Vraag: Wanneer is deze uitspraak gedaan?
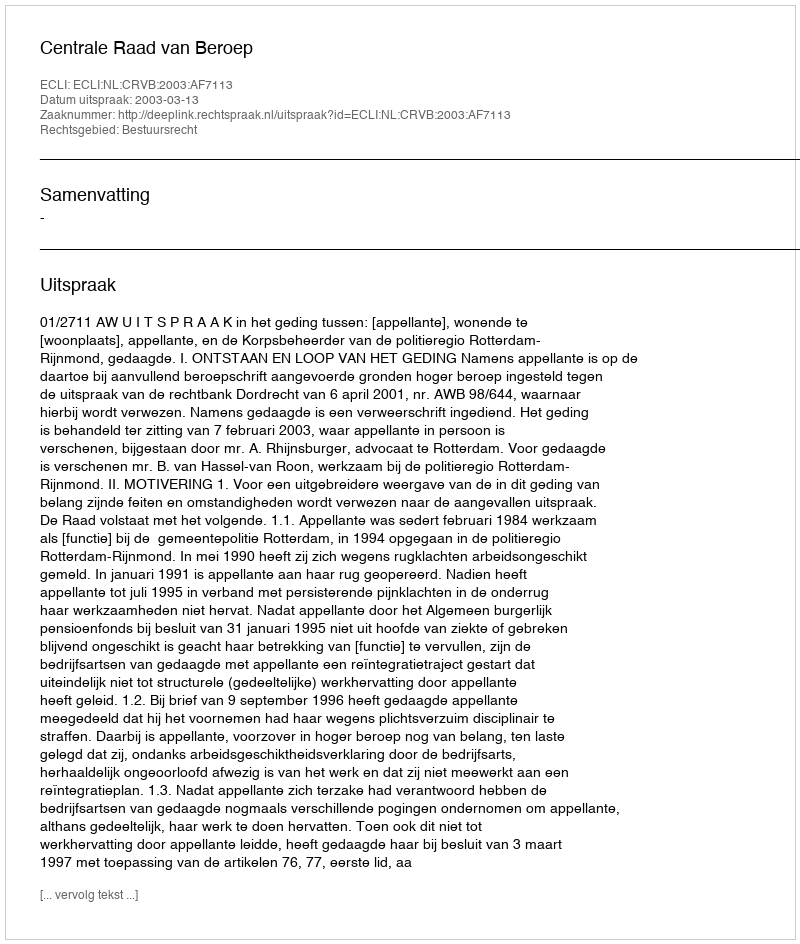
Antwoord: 2003-03-13